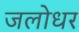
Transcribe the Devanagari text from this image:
जलोधर